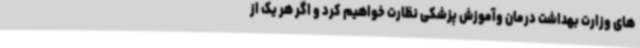
های وزارت بهداشت درمان وآموزش پزشکی نظارت خواهیم کرد و اگر هر یک از